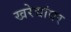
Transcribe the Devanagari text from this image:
खरेद्यांवर